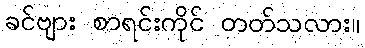
ခင်ဗျား စာရင်းကိုင် တတ်သလား။